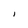
Character: I